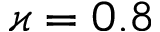
\varkappa = 0 . 8